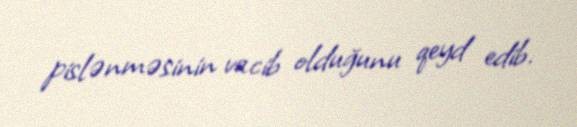
pislənməsinin vacib olduğunu qeyd edib.